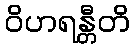
ဝိဟရန္တီတိ